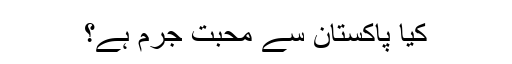
کیا پاکستان سے محبت جرم ہے؟